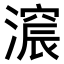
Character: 𣾋